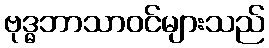
ဗုဒ္ဓဘာသာဝင်များသည်